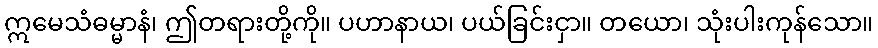
ဣမေသံဓမ္မာနံ၊ ဤတရားတို့ကို။ ပဟာနာယ၊ ပယ်ခြင်းငှာ။ တယော၊ သုံးပါးကုန်သော။